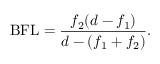
{ \mathrm { B F L } } = { \frac { f _ { 2 } ( d - f _ { 1 } ) } { d - ( f _ { 1 } + f _ { 2 } ) } } .